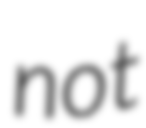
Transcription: not